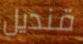
قنديل